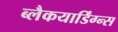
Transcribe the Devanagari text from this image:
ब्लैकयार्डिंग्न्स